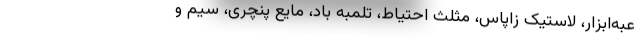
عبه‌ابزار، لاستیک زاپاس، مثلث احتیاط، تلمبه باد، مایع پنچری، سیم و